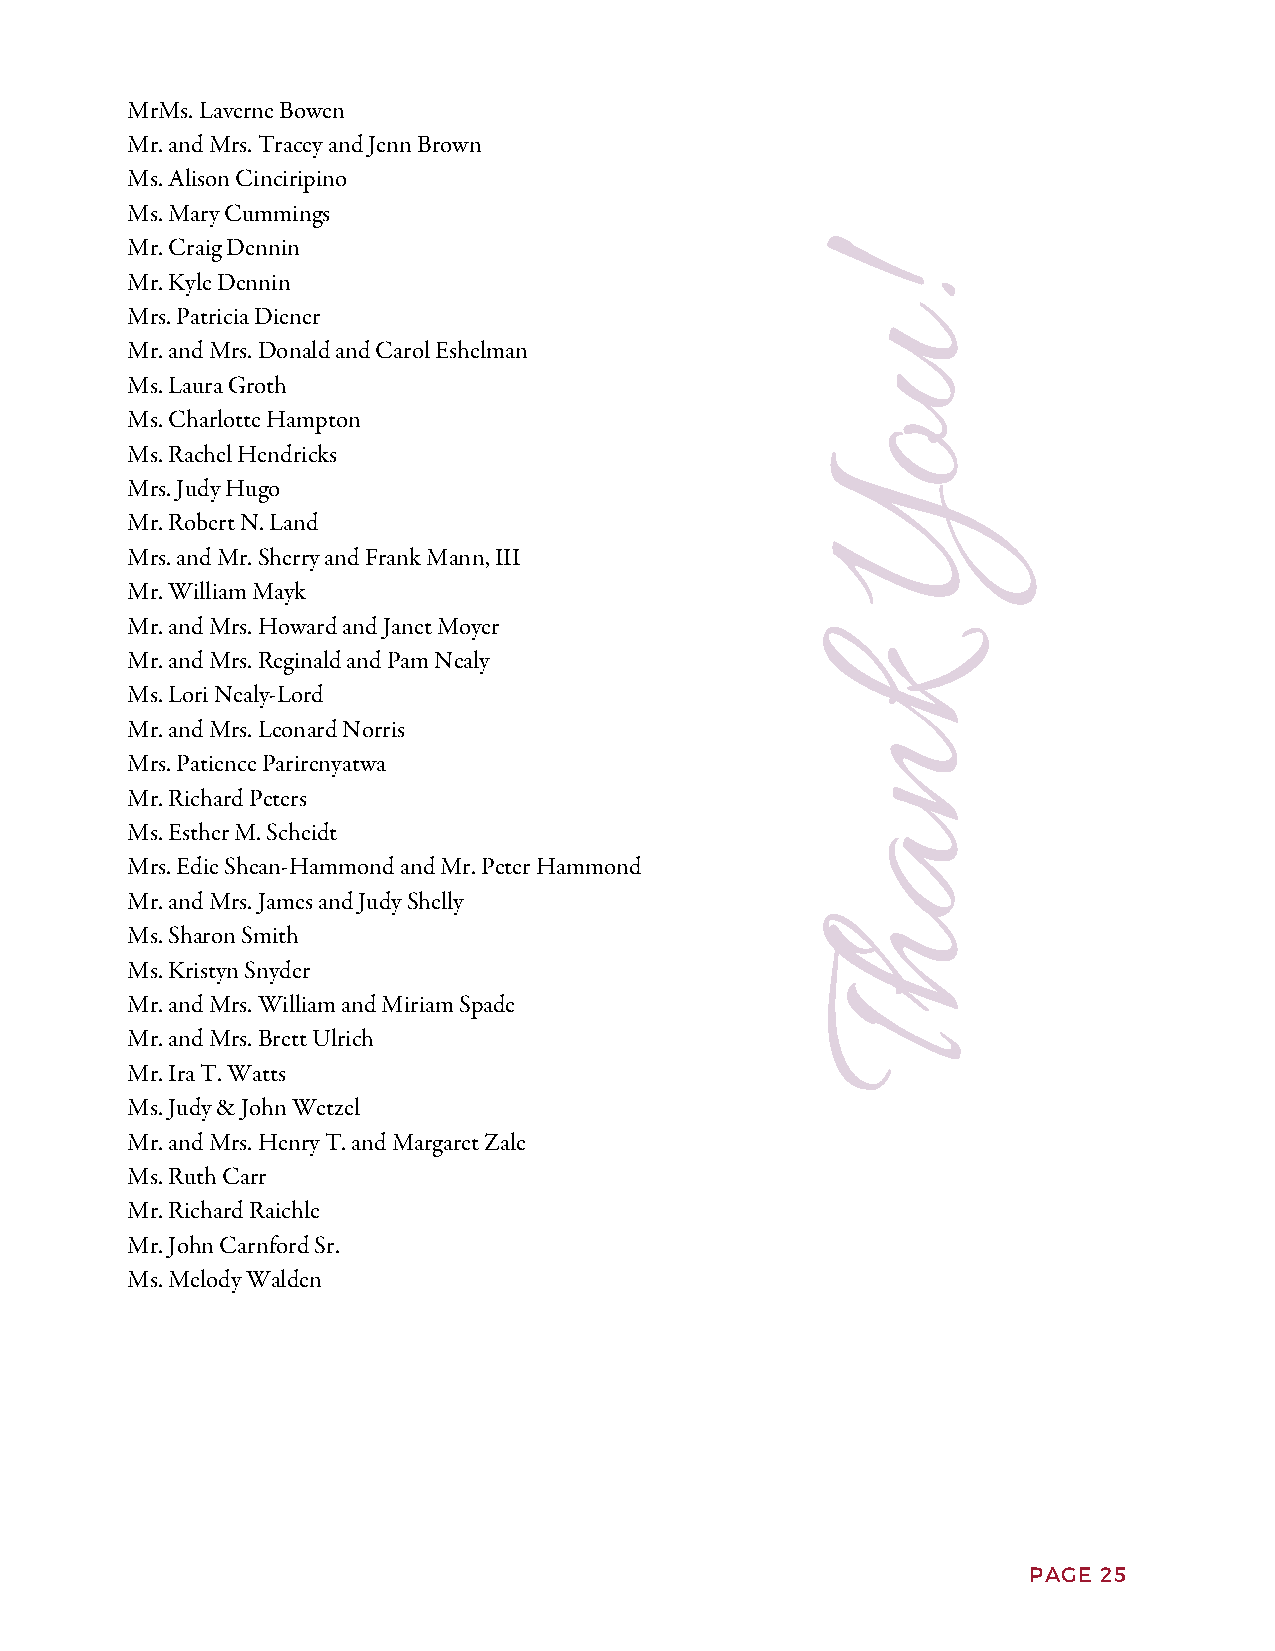
MrMs. Laverne Bowen
 Mr. and Mrs. Tracey and Jenn Brown
 Ms. Alison Cinciripino
 Ms. Mary Cummings
 Mr. Craig Dennin
 Mr. Kyle Dennin
 !
 Mrs. Patricia Diener
 u
 Mr. and Mrs. Donald and Carol Eshelman
 Ms. Laura Groth
 Ms. Charlotte Hampton                          o
 Ms. Rachel Hendricks
 Mrs. Judy Hugo
 Y
 Mr. Robert N. Land
 Mrs. and Mr. Sherry and Frank Mann, III
 Mr. William Mayk
 Mr. and Mrs. Howard and Janet Moyer
 Mr. and Mrs. Reginald and Pam Nealy            k
 Ms. Lori Nealy-Lord
 Mr. and Mrs. Leonard Norris
 n
 Mrs. Patience Parirenyatwa
 Mr. Richard Peters
 Ms. Esther M. Scheidt                          a
 Mrs. Edie Shean-Hammond and Mr. Peter Hammond
 Mr. and Mrs. James and Judy Shelly
 Ms. Sharon Smith                               h
 Ms. Kristyn Snyder
 Mr. and Mrs. William and Miriam Spade
 T
 Mr. and Mrs. Brett Ulrich
 Mr. Ira T. Watts
 Ms. Judy & John Wetzel
 Mr. and Mrs. Henry T. and Margaret Zale
 Ms. Ruth Carr
 Mr. Richard Raichle
 Mr. John Carnford Sr.
 Ms. Melody Walden
 PPAAGGEE 2 156